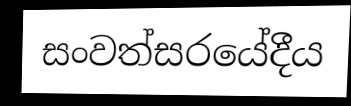
සංවත්සරයේදීය